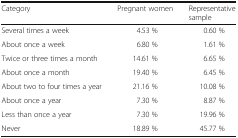
<table><thead><tr><td><b>Category</b></td><td><b>Pregnant women</b></td><td><b>Representative sample</b></td></tr></thead><tbody><tr><td>Several times a week</td><td>4.53 %</td><td>0.60 %</td></tr><tr><td>About once a week</td><td>6.80 %</td><td>1.61 %</td></tr><tr><td>Twice or three times a month</td><td>14.61 %</td><td>6.65 %</td></tr><tr><td>About once a month</td><td>19.40 %</td><td>6.45 %</td></tr><tr><td>About two to four times a year</td><td>21.16 %</td><td>10.08 %</td></tr><tr><td>About once a year</td><td>7.30 %</td><td>8.87 %</td></tr><tr><td>Less than once a year</td><td>7.30 %</td><td>19.96 %</td></tr><tr><td>Never</td><td>18.89 %</td><td>45.77 %</td></tr></tbody></table>